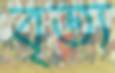
বৃত্য